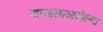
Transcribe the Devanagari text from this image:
जन्मालाआलेल्या